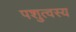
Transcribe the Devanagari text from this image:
पशुत्वस्य